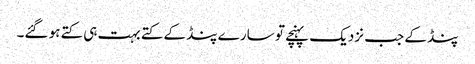
پنڈ کے جب نزدیک پہنچے تو سارے پنڈ کے کتے بہت ہی کتے ہو گئے۔